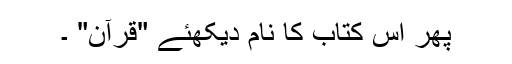
پھر اس کتاب کا نام دیکھئے "قرآن" ۔